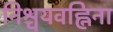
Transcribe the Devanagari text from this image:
निश्चयवह्निना